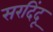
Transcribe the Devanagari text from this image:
सरदिंदू